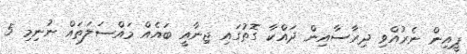
ޕީއިން ނެރުއްވި ދިރާސާއިން ދައްކާ ގޮތުގައި ޖިނާއީ ބައެއް މައްސަލަތައް ނުނިމި 5